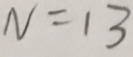
N = 1 3